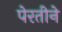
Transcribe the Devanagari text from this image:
पेरतीने